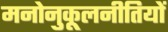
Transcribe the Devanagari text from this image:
मनोनुकूलनीतियों